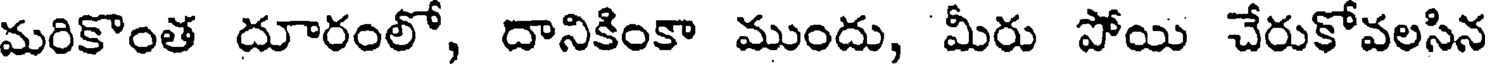
మరికొంత దూరంలో, దానికింకా ముందు, మీరు పోయి చేరుకోవలసిన